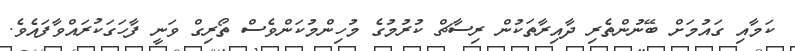
ކަމާއި ގައުމަށް ބޭނުންތެރި ދާއިރާތަކުން ރިސާޗް ކުރުމުގެ މުހިންމުކަންވެސް ތޯރިގް ވަނީ ފާހަގަކުރައްވާފައެވެ.